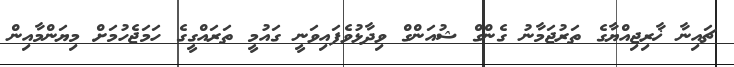
ޗައިނާ ޚާރިޖިއްޔާގެ ތަރުޖަމާނު ގެންގް ޝުއަންގް ވިދާޅުވެފައިވަނީ ގައުމީ ތަރައްގީގެ ހަމަޖެހުމަށް މިޔަންމާއިން